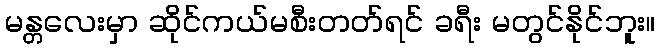
မန္တလေးမှာ ဆိုင်ကယ်မစီးတတ်ရင် ခရီး မတွင်နိုင်ဘူး။